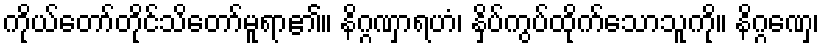
ကိုယ်တော်တိုင်သိတော်မူရာ၏။ နိဂ္ဂဏှာရဟံ၊ နှိပ်ကွပ်ထိုက်သောသူကို။ နိဂ္ဂဏှေ၊